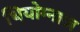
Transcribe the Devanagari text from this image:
थियोग्नाज